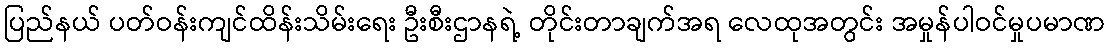
ပြည်နယ် ပတ်ဝန်းကျင်ထိန်းသိမ်းရေး ဦးစီးဌာနရဲ့ တိုင်းတာချက်အရ လေထုအတွင်း အမှုန်ပါဝင်မှုပမာဏ